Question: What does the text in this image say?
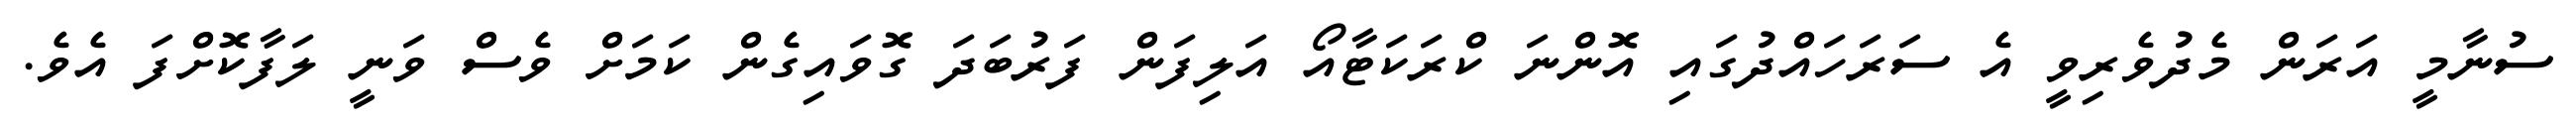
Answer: ސުނާމީ އަރަން މެދުވެރިވީ އެ ސަރަހައްދުގައި އޮންނަ ކްރަކަޓާއޯ އަލިފަން ފަރުބަދަ ގޮވައިގެން ކަމަށް ވެސް ވަނީ ލަފާކޮށްފަ އެވެ.